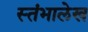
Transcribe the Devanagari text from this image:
स्‍तंभालेख